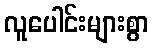
လူပေါင်းများစွာ